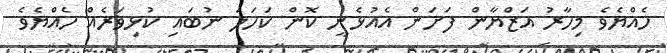
ހެއްޔެވެ މިހާރު އަޒްޔާން ފަށަން އެއުޅެނީ ކޮން ކަހަލަ ނުބައި ކުޅިވަރެއް ހެއްޔެވެ